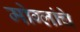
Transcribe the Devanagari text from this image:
मोग्लांचे